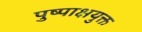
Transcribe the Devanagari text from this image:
पुष्पाक्षयुक्त